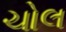
ચોલ